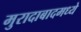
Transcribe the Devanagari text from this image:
मुरादाबादमध्ये